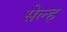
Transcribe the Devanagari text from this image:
सेल्‍ह